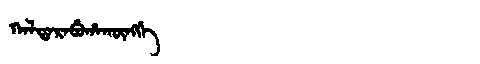
Manchu: ᡴᠠᠯᡨᠠᡵᠠᠪᡠᡥᠠᡴᡡᠩᡤᡝ
Romanization: KALTARABUHAKŪNGGE